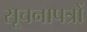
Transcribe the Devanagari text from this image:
सूचनापत्रों